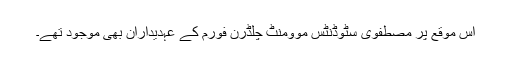
اس موقع پر مصطفوی سٹوڈنٹس موومنٹ چلڈرن فورم کے عہدیداران بھی موجود تھے۔